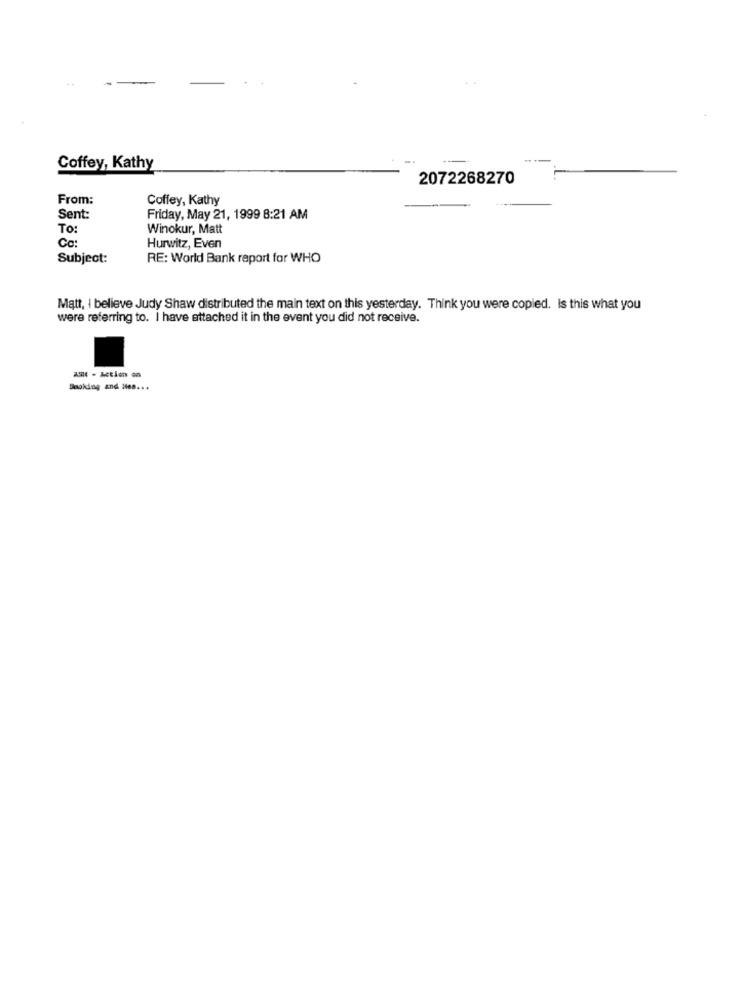
Coffey, Kathy
2072268270
From:
Coffey, Kathy
Sent:
Friday, May 21, 1999 8:21 AM
To:
Winokur, Matt
Ce:
Hurwitz, Even
Subject:
RE: World Bank report for WHO
Matt, I believe Judy Shaw distributed the main text on this yesterday. Think you were copied. Is this what you
were referring to. I have attached it in the event you did not receive.
Smoking and Me ....